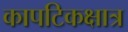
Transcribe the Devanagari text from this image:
कापटिकक्षात्र